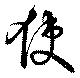
使